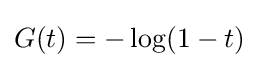
G(t)=-\log(1-t)